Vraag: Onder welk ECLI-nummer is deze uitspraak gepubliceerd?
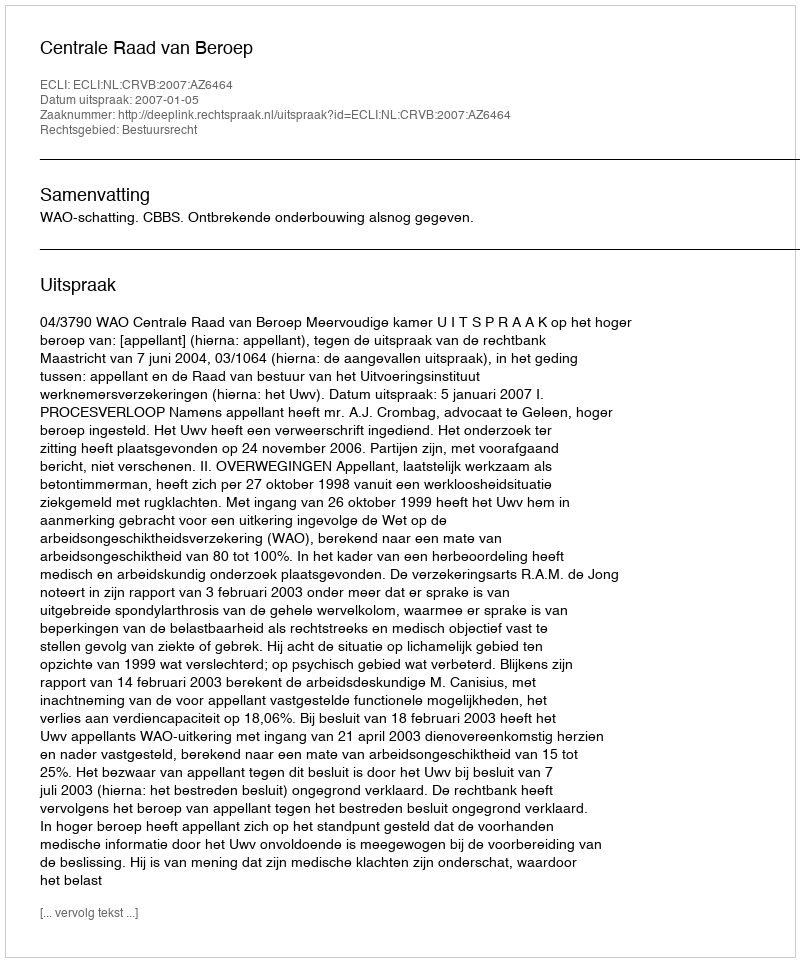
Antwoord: ECLI:NL:CRVB:2007:AZ6464